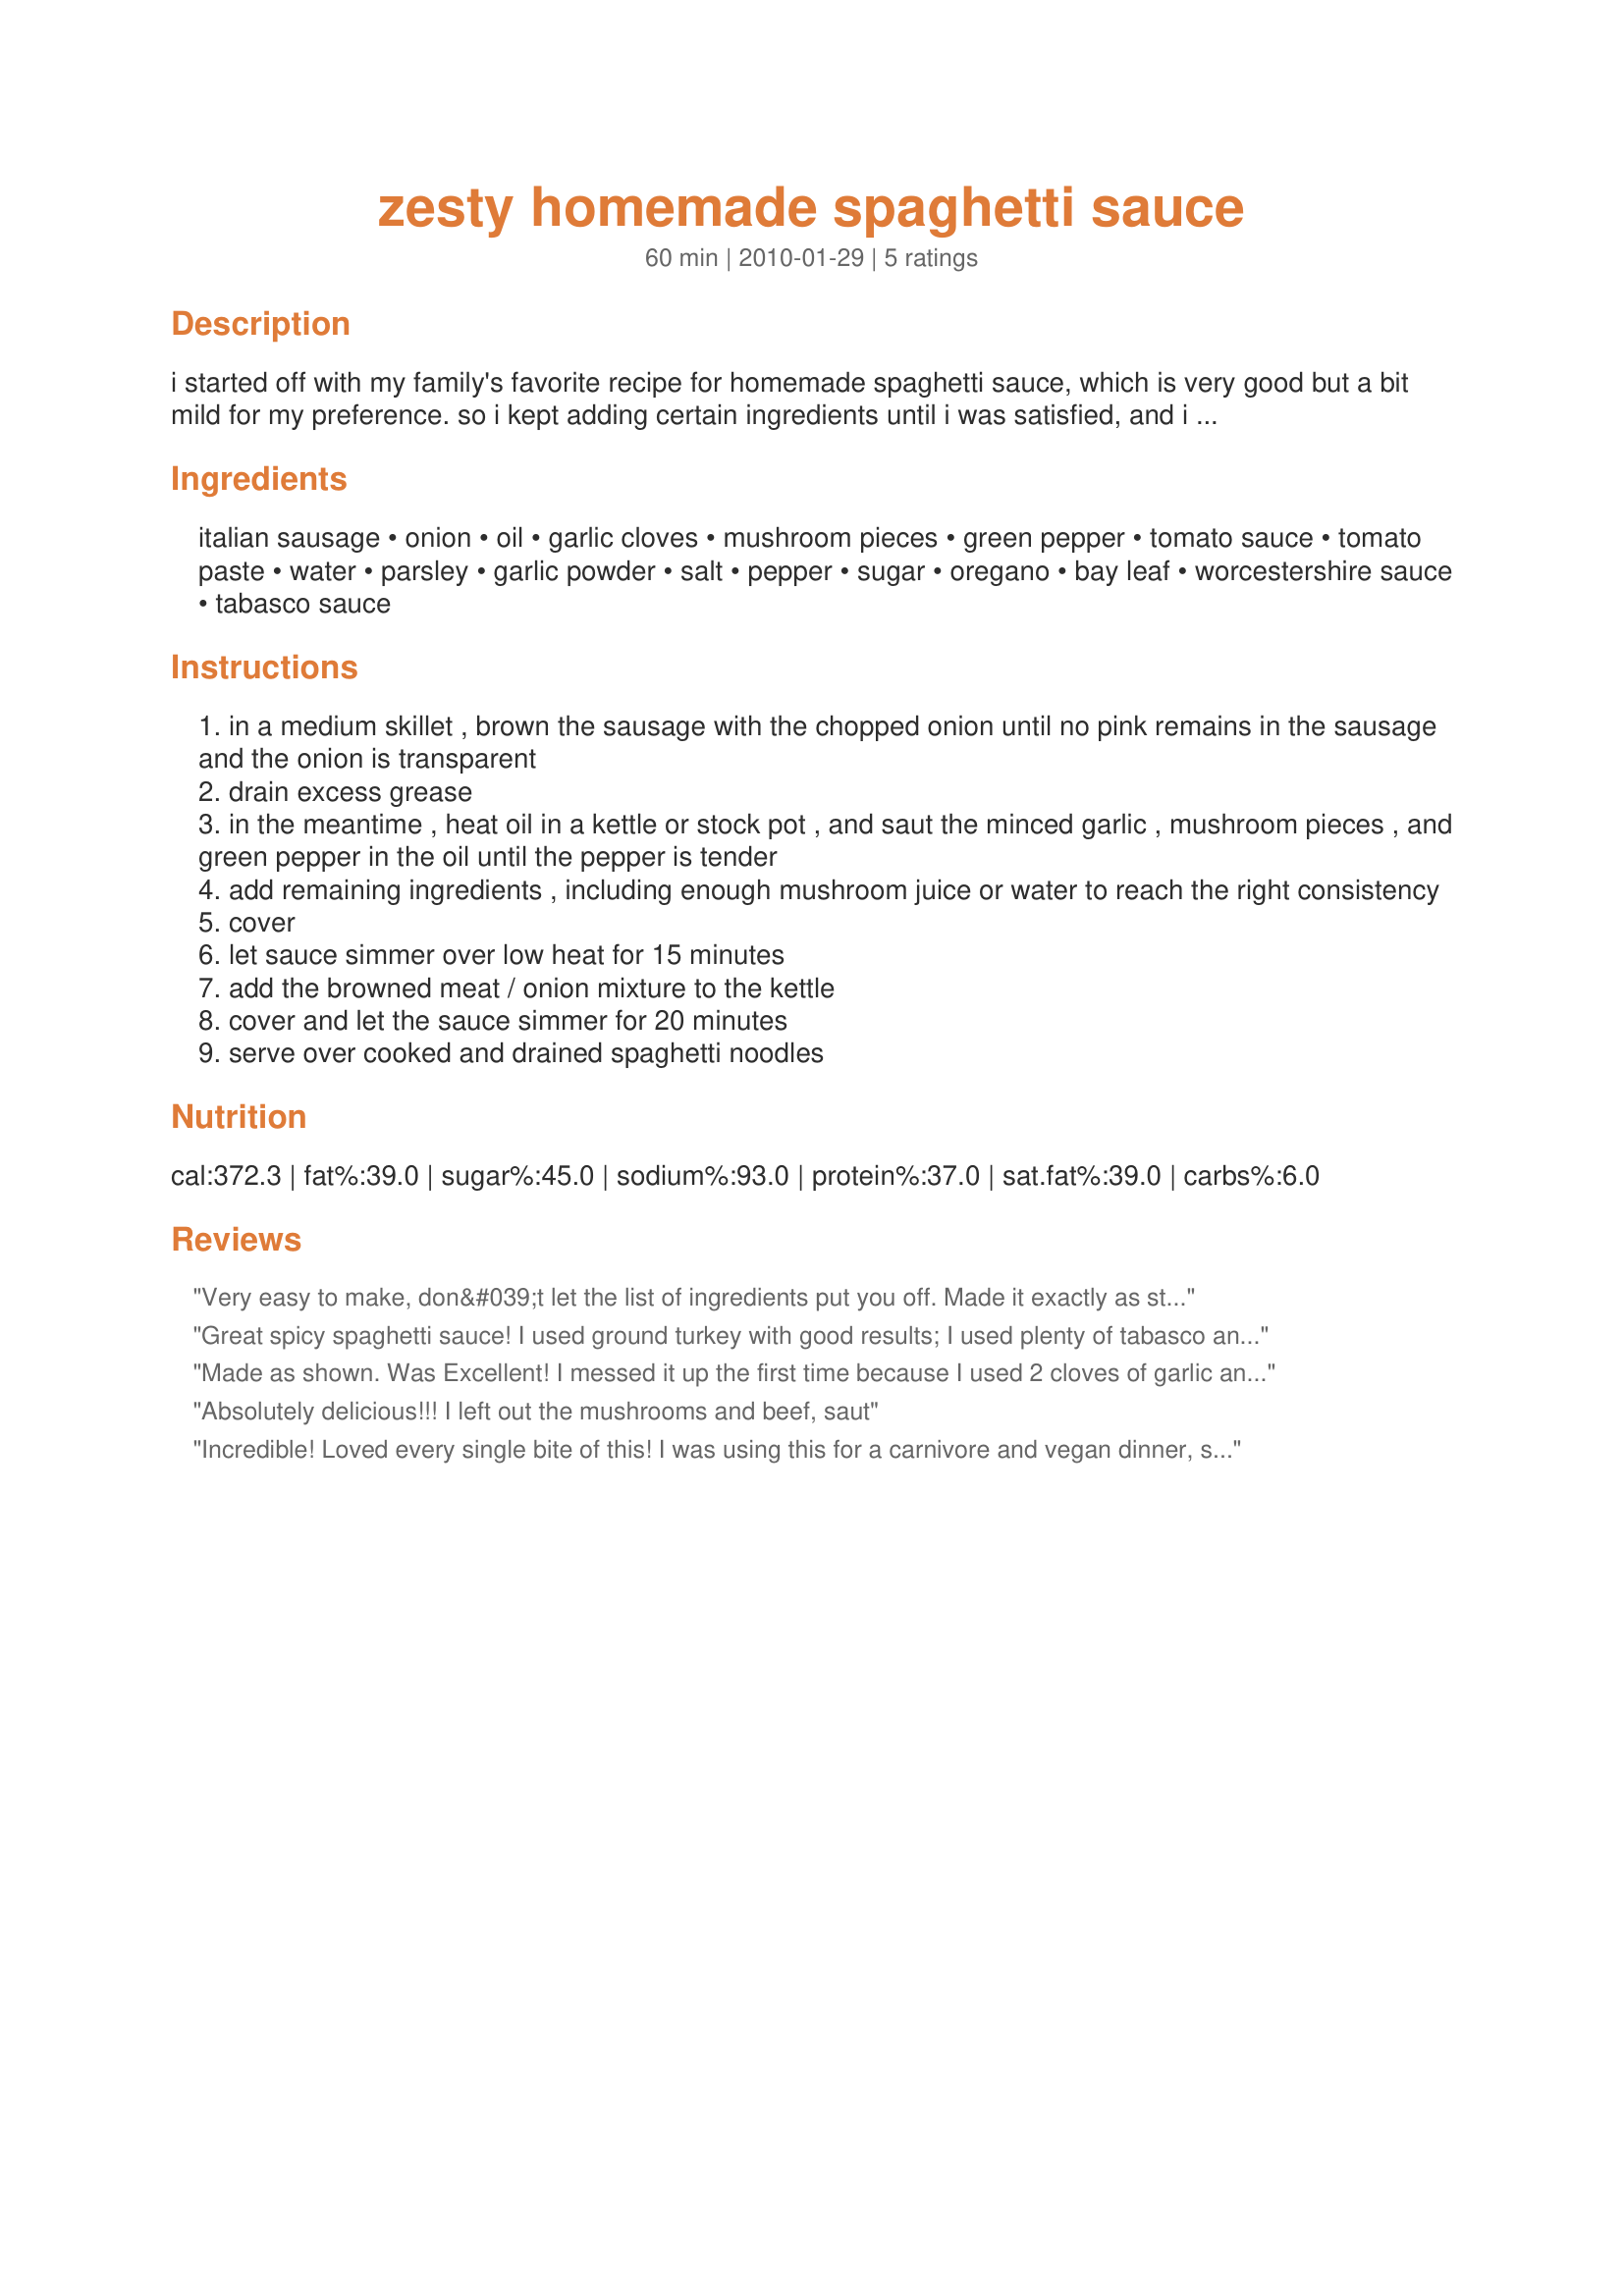
zesty homemade spaghetti sauce
Preparation time: 60 minutes

i started off with my family's favorite recipe for homemade spaghetti sauce, which is very good but a bit mild for my preference. so i kept adding certain ingredients until i was satisfied, and i ended up with the recipe posted here. i have added red pepper flakes on occasion too, but that makes the sauce a bit spicy and "over the top" for my kids.

Ingredients:
italian sausage, onion, oil, garlic cloves, mushroom pieces, green pepper, tomato sauce, tomato paste, water, parsley, garlic powder, salt, pepper, sugar, oregano, bay leaf, worcestershire sauce, tabasco sauce

Steps:
in a medium skillet , brown the sausage with the chopped onion until no pink remains in the sausage and the onion is transparent
drain excess grease
in the meantime , heat oil in a kettle or stock pot , and saut the minced garlic , mushroom pieces , and green pepper in the oil until the pepper is tender
add remaining ingredients , including enough mushroom juice or water to reach the right consistency
cover
let sauce simmer over low heat for 15 minutes
add the browned meat / onion mixture to the kettle
cover and let the sauce simmer for 20 minutes
serve over cooked and drained spaghetti noodles

Reviews:
Very easy to make, don&#039;t let the list of ingredients put you off. Made it exactly as stated and it is a great base to add other things to it you may like.
Great spicy spaghetti sauce! I used ground turkey with good results; I used plenty of tabasco and a sprinkling of crushed red pepper flakes. Served over sauteed shredded zucchini for a healthy and tasty meal - thanks for sharing the recipe!
Made as shown. Was Excellent! I messed it up the first time because I used 2 cloves of garlic and my cloves were humongous. I should&#039;ve used one or just a half. Judge your garlic amount by the size of your cloves. Once I got that right, its awesome!!
Absolutely delicious!!! I left out the mushrooms and beef, saut
Incredible! Loved every single bite of this! I was using this for a carnivore and vegan dinner, so I left out the meat while the sauce cooked, and cooked the ground beef separately. This was the top of the barrel delicious! Easy to put together, and using my own canned tomato sauce was so yummy! Loved, loved the addition of mushrooms and peppers in this sauce. This really gave them a great depth of flavor and was glorious to eat right off the spoon! Made for *French Forum Herb Bay Month* February 2010
